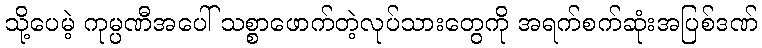
သို့ပေမဲ့ ကုမ္ပဏီအပေါ် သစ္စာဖောက်တဲ့လုပ်သားတွေကို အရက်စက်ဆုံးအပြစ်ဒဏ်